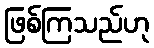
ဖြစ်ကြသည်ဟု